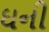
ઘની